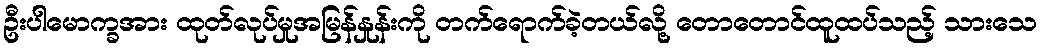
ဦးပါမောက္ခအား ထုတ်လုပ်မှုအမြန်နှုန်းကို တက်ရောက်ခဲ့တယ်လို့ တောတောင်ထူထပ်သည့် သားသေ